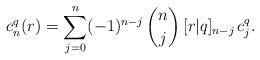
LaTeX: \begin{align*}c_n^q(r)=\sum_{j=0}^n (-1)^{n-j}\,\binom{n}{j}\,[r|q]_{n-j}\,c_j^q.\end{align*}